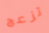
تزعج